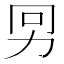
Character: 𠡋